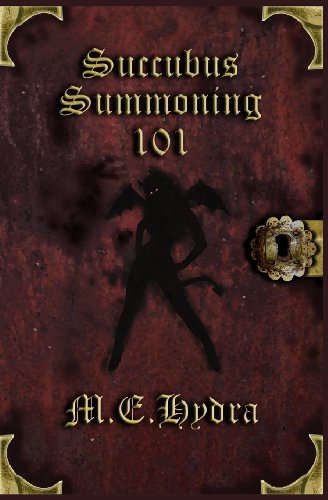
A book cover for Succubus Summoning 101; M E Hydra; Romance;